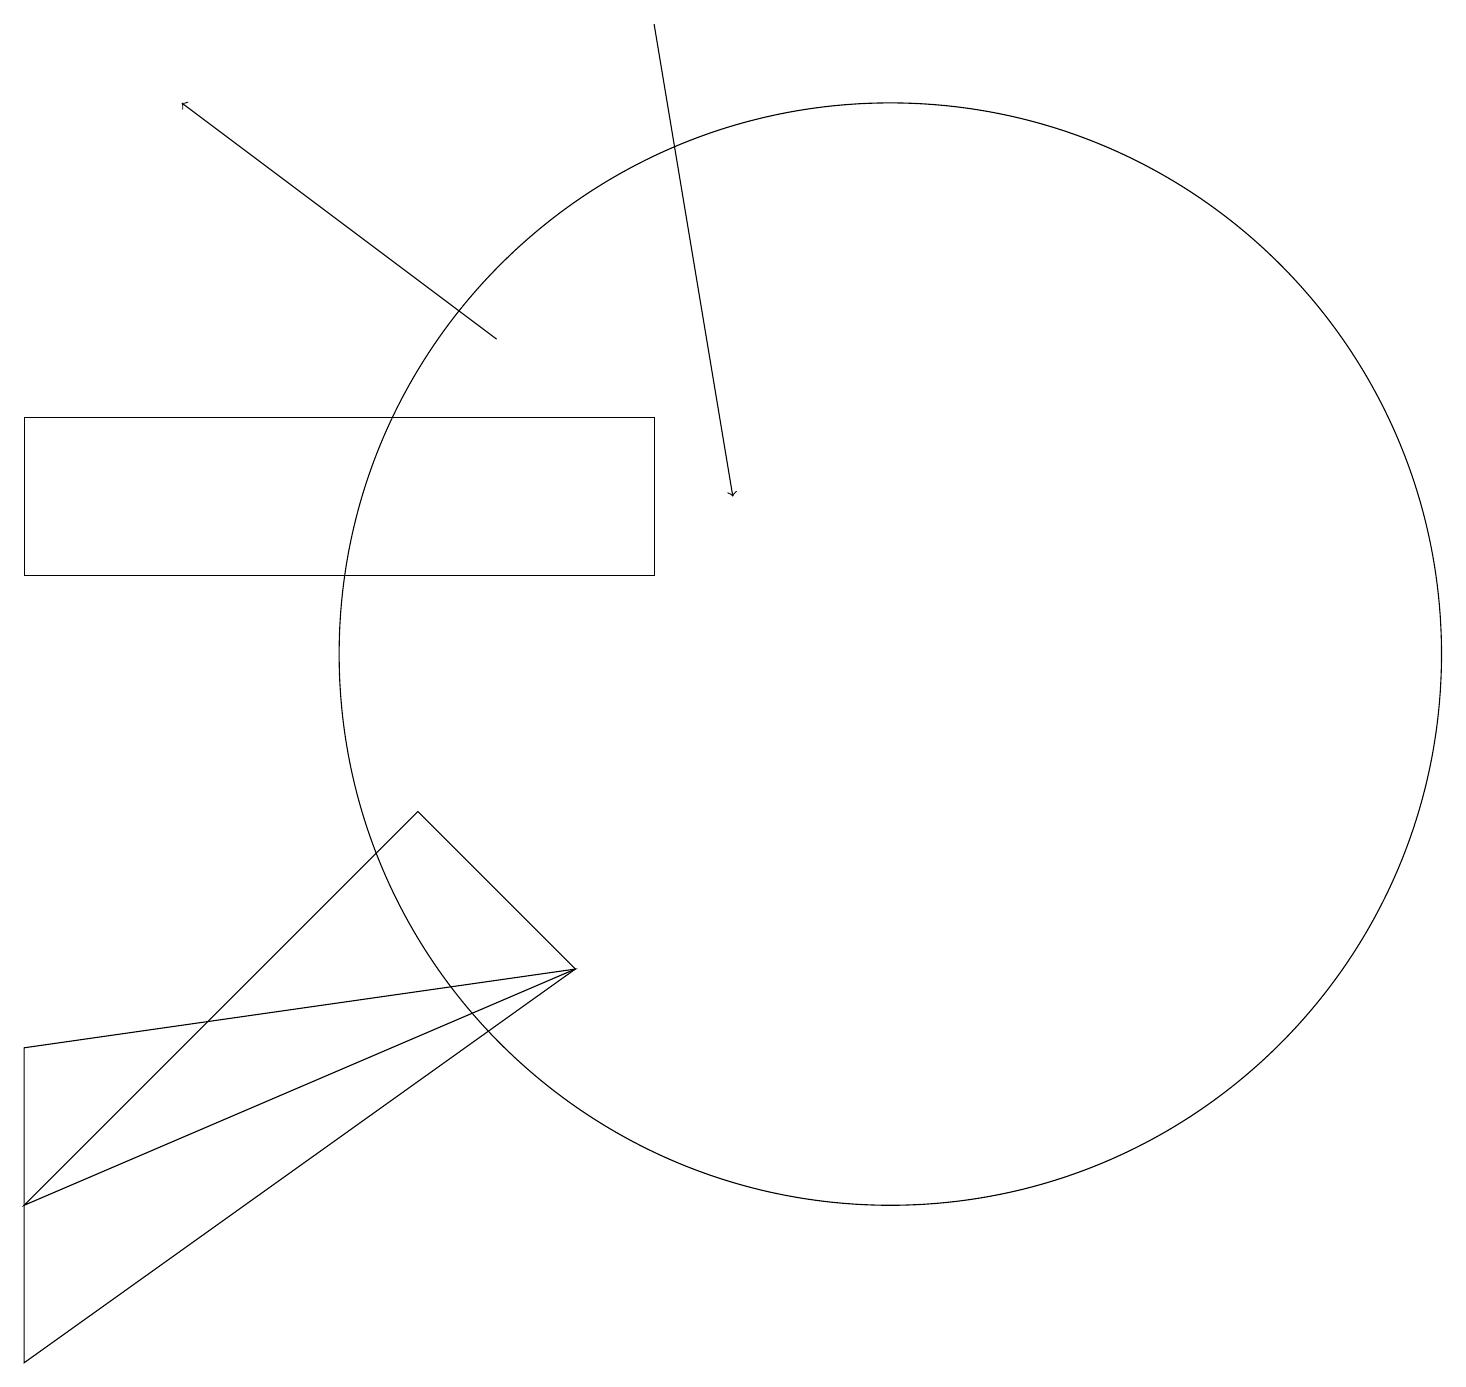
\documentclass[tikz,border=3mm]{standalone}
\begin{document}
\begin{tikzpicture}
\draw (7,7) -- (0,6) -- (0,2) -- cycle;
\draw (11,11) circle (7);
\draw[->] (8,19) -- (9,13);
\draw (0,12) rectangle (8,14);
\draw (0,4) -- (5,9) -- (7,7) -- cycle;
\draw[->] (6,15) -- (2,18);
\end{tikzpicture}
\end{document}